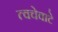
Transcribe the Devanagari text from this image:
त्वचेवाटे